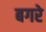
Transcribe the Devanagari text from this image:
बगरे